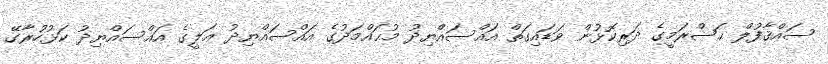
ސައްޤާފުލް ޙަޟްރަމީގެ ދަރިކޮޅުން ވަަޑައިގަތް އައްސައްޔިދު މުޙައްމަދުގެ އައްސައްޔިދު ޢަލީގެ އައްސައްޔިދު ކަޅުހުރާގޭ